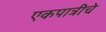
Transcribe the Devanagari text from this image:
एकपात्रीचे